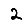
Digit: 2